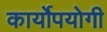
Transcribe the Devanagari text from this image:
कार्योपयोगी